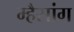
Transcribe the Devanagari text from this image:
म्हैसांग